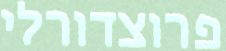
פרוצדורלי